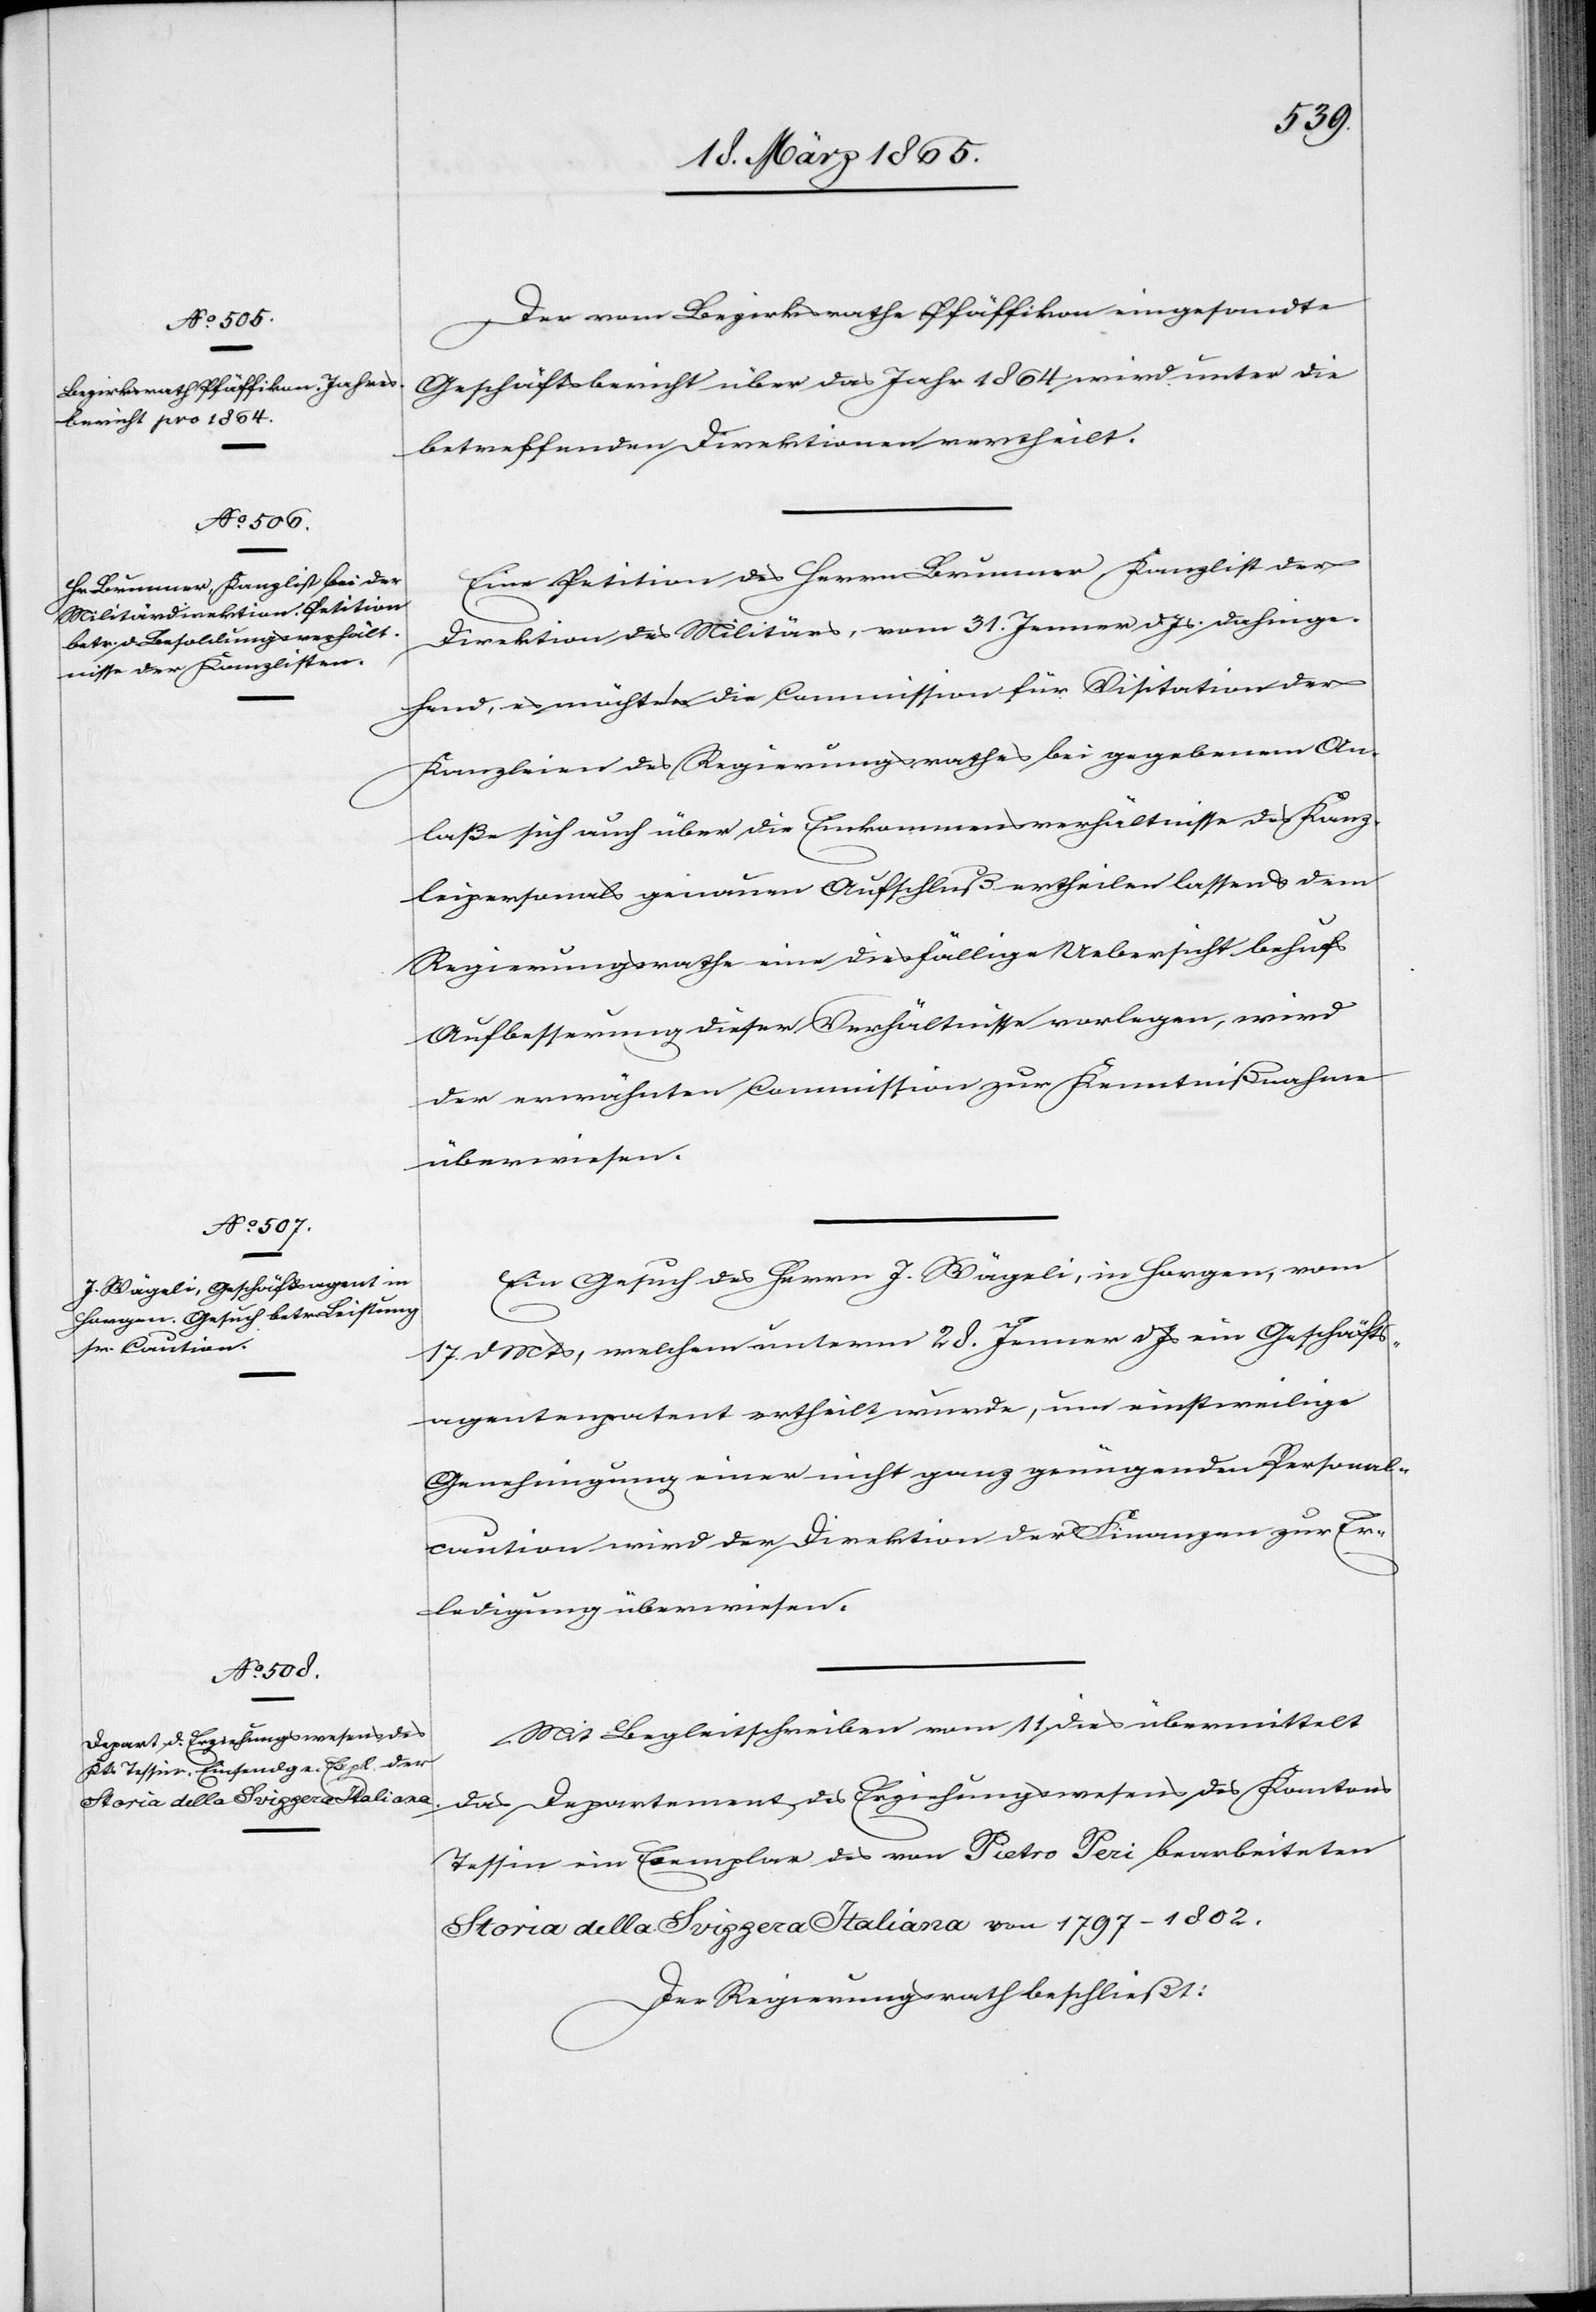
Der vom Bezirksrathe Pfäffikon eingesandte
Geschäftsbericht über das Jahr 1864 wird unter die
betreffenden Direktionen vertheilt.
Eine Petition des Herrn Brunner, Kanzlist der
Direktion des Militärs, vom 31. Jenner d. Js. dahinge¬
hend, es möchten die Commission für Visitation der
Kanzleien des Regierungsrathes bei gegebenem An¬
laße sich auch über die Einkommensverhältnisse des Kanz¬
leipersonals genauen Aufschluß ertheilen lassen & dem
Regierungsrathe eine diesfällige Uebersicht behufs
Aufbesserung dieser Verhältnisse vorlegen, wir
der erwähnten Commission zur Kenntnißnahme
überwiesen.
Ein Gesuch des Herrn J. Wägeli, in Horgen, vom
17. d Mts, welchem unterm 28. Jenner d Js ein Geschäfts¬
agentenpatent ertheilt wurde, um einstweilige
Genehmigung einer nicht ganz genügenden Personal¬
caution wird der Direktion der Finanzen zur Er¬
ledigung überwiesen.
Mit Begleitschreiben vom 11. dies übermittelt
das Departement des Erziehungswesens des Kantons
Tessin ein Exemplare des [recte: der] von Pietro Peri bearbeiteten
Storia della Svizzera Italiana von 1797–1802.
Der Regierungsrath beschließt: